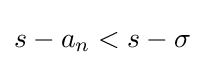
s-a_{n}<s-\sigma